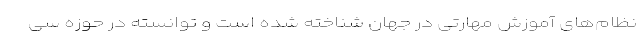
نظام‌های آموزش مهارتی در جهان شناخته شده است و توانسته در حوزه سی